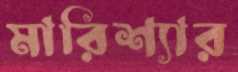
মারিশ্যার